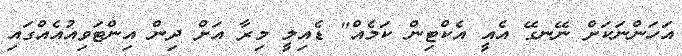
އަހަންނަކަށް ނޭނގޭ އެއީ އެކްޓިން ކަމެއް" ޑެއިލީ މިރާ އަށް ދިން އިންޓަވިއުއެއްގައި